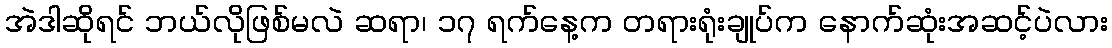
အဲဒါဆိုရင် ဘယ်လိုဖြစ်မလဲ ဆရာ၊ ၁၇ ရက်နေ့က တရားရုံးချုပ်က နောက်ဆုံးအဆင့်ပဲလား